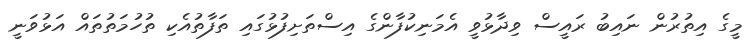
މީގެ އިތުރުން ނައިބު ރައީސް ވިދާޅުވީ އެމަނިކުފާންގެ އިސްތަށިފުޅުގައި ތަފާތުއެކި ތުހުމަތުތައް އަޅުވަނީ